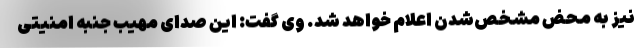
نیز به محض مشخص‌شدن اعلام خواهد شد. وی گفت: این صدای مهیب جنبه امنیتی